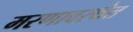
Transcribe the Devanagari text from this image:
मरणावस्थेत